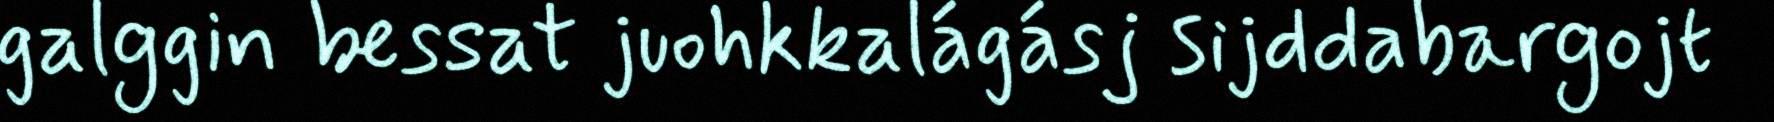
galggin bessat juohkkalágásj sijddabargojt